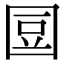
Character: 𡇧